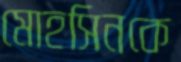
মোহসিনকে